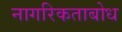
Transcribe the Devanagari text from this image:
नागरिकताबोध